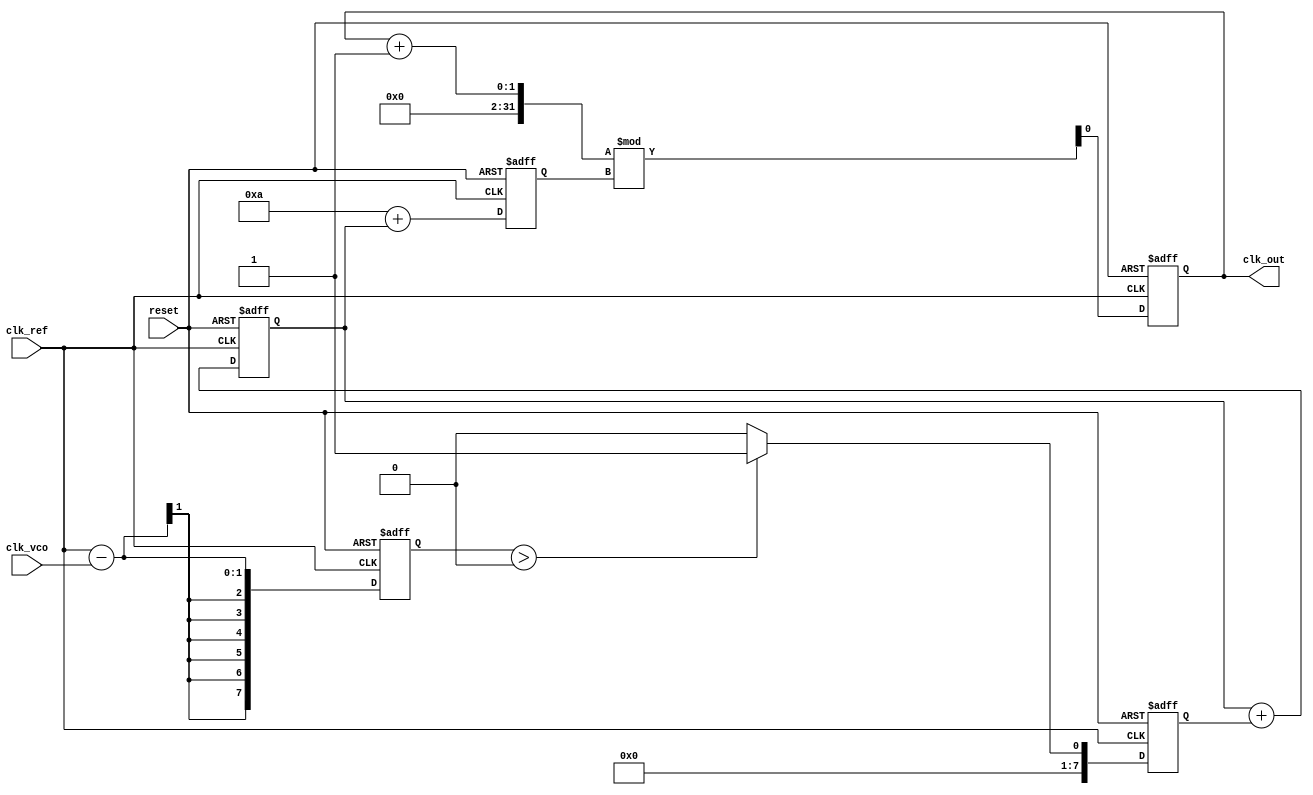
module sigma_delta_pll (
    input wire clk_ref,           // Reference clock input
    input wire clk_vco,           // VCO clock output (feedback)
    input wire reset,             // Reset signal
    output reg clk_out            // Output clock
);

    // Parameters
    parameter N = 8;              // Order of the sigma-delta modulator
    parameter VCO_MAX_FREQ = 100; // Max frequency of VCO
    parameter VCO_MIN_FREQ = 10;  // Min frequency of VCO

    // Internal signals
    reg [N-1:0] phase_error;      // Phase error from PD
    reg [N-1:0] modulated_signal;  // Output of sigma-delta modulator
    reg [N-1:0] control_voltage;   // Control voltage for VCO
    reg [N-1:0] vco_freq;          // Current frequency of VCO
    reg [N-1:0] loop_filter;       // Loop filter output
    reg [N-1:0] feedback_divider;  // Feedback divider output

    // Phase Detector (PD)
    always @(posedge clk_ref or posedge reset) begin
        if (reset) begin
            phase_error <= 0;
        end else begin
            // Simple phase error calculation (for demonstration)
            phase_error <= clk_ref - clk_vco; // Replace with actual phase comparison logic
        end
    end

    // Sigma-Delta Modulator
    always @(posedge clk_ref or posedge reset) begin
        if (reset) begin
            modulated_signal <= 0;
        end else begin
            // Simple 1-bit quantizer
            if (phase_error > 0) begin
                modulated_signal <= 1;
            end else begin
                modulated_signal <= 0;
            end
        end
    end

    // Loop Filter (Simple first-order)
    always @(posedge clk_ref or posedge reset) begin
        if (reset) begin
            loop_filter <= 0;
        end else begin
            loop_filter <= loop_filter + modulated_signal; // Integrate the modulated signal
        end
    end

    // Voltage-Controlled Oscillator (VCO)
    always @(posedge clk_ref or posedge reset) begin
        if (reset) begin
            vco_freq <= VCO_MIN_FREQ;
            clk_out <= 0;
        end else begin
            // Adjust VCO frequency based on control voltage
            vco_freq <= VCO_MIN_FREQ + loop_filter; // Simple linear control
            // Generate output clock based on VCO frequency
            clk_out <= (clk_out + 1) % vco_freq; // Simplified clock generation
        end
    end

    // Feedback Divider
    always @(posedge clk_out or posedge reset) begin
        if (reset) begin
            feedback_divider <= 0;
        end else begin
            feedback_divider <= clk_out; // Feedback the output clock
        end
    end

endmodule